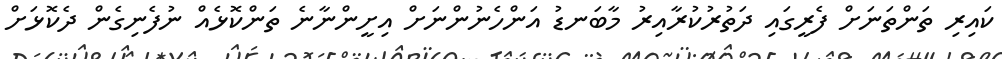
ކައިރި ތަންތަނަށް ފެރީގައި ދަތުރުކުރާއިރު މާބަނޑު އަންހެނުންނަށް އިށީންނާނެ ތަންކޮޅެއް ނުފެނިގެން ދެކޮޅަށް